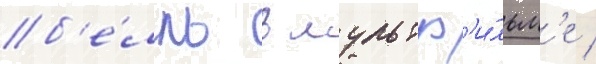
б'е́лль в мультф'и́льм'е /